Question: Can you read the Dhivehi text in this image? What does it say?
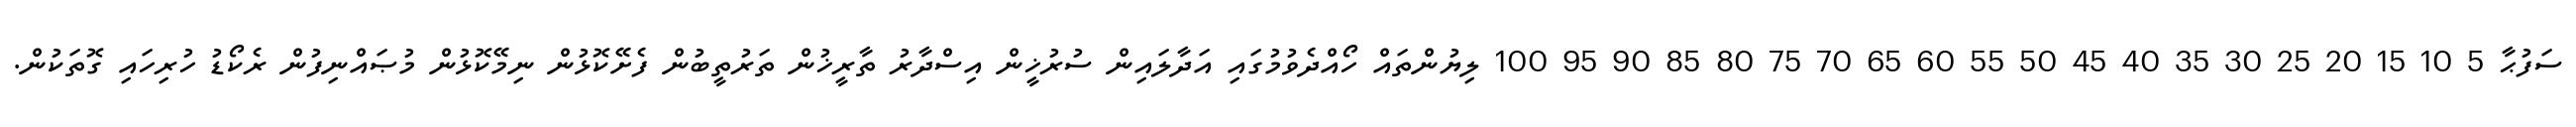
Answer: ސަފުޙާ 5 10 15 20 25 30 35 40 45 50 55 60 65 70 75 80 85 90 95 100 ލިޔުންތައް ހޯއްދެވުމުގައި އަދާލައިން ސުރުޚީން އިސްދާރު ތާރީޚުން ތަރުތީބުން ފެށޭކޮޅުން ނިމޭކޮޅުން މުޞައްނިފުން ރެކޯޑު ހުރިހައި ގޮތަކުން.